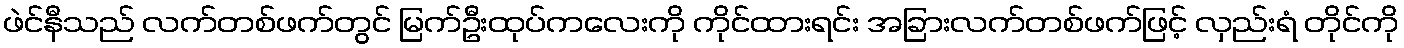
ဖဲင်နီသည် လက်တစ်ဖက်တွင် မြက်ဦးထုပ်ကလေးကို ကိုင်ထားရင်း အခြားလက်တစ်ဖက်ဖြင့် လှည်းရံ တိုင်ကို